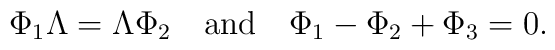
\Phi_1 \Lambda=\Lambda \Phi_2\quad \mbox{and}\quad \Phi_1-\Phi_2+\Phi_3=0.